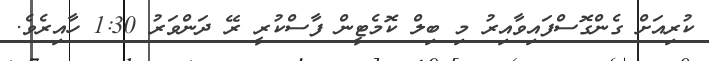
ކުރިއަށް ގެންގޮސްފައިވާއިރު މި ބިލް ކޮމެޓީން ފާސްކުރީ ރޭ ދަންވަރު 1:30 ހާއިރެވެ.